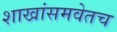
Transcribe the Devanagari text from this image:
शाखांसमवेतच